Medical and sanitary report of the native army of Bengal for the year
Year: 1877
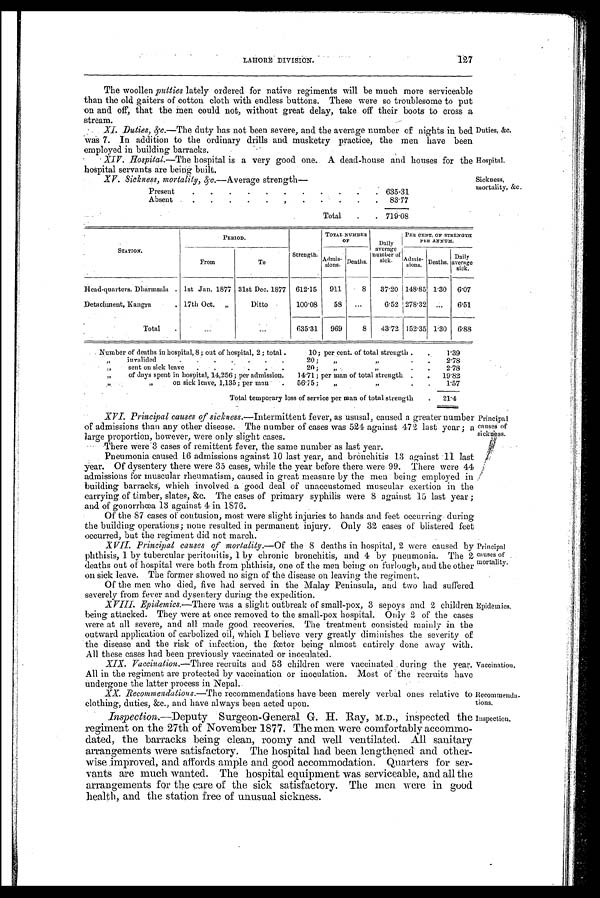
Vaccination.
Recommenda-
tions.
Inspection.
LAHORE DIVISION. 127
The woollen putties lately ordered for native regiments will be much more serviceable
than the old gaiters of cotton cloth with endless buttons. These were so troublesome to put
on and off, that the men could not, without great delay, take off their boots to cross a
stream.
XI. Duties, &c.—The duty has not been severe, and the average number of nights in bed
was 7. In addition to the ordinary drills and musketry practice, the men have been
employed in building barracks.
XIV. Hospital.— The hospital is a very good one. A dead-house and houses for the
hospital servants are being built.
XV . Sickness, mortality. &c.—Average strength—
Present
.
.
.
.
.
.
.
.
.
.
. 635.31
Absent . .
.
.
.
.
. .
.
.
.
.
83.77
Total
.
. 719.08
Duties, &c.
Hospital.
Sickness,
mortality, &c.
STATION.
PERIOD.
Strength
TOTAL NUMBER
O F
Daily
average
number of
sick.
PER CENT. OF STRENGTH
PER ANNUM.
From
To
A d m i s -
s i o n s .
Deaths.
Admis-s i o n s . Deaths.
Daily
average
sick.
Head-quarters. Dharmsala . 1st Jan. 1877 31st Dec. 1877 612.15
911
8
37.20 148.85 1.30 6.07
Detachment, Kangra
. 17th Oct. „
Ditto
100.08
58
. . .
6.52 278.32 ...
6.51
Total
.
...
...
635.31
969
8
43.72 152.35 1.30
6.88
Number of deaths in hospital, 8; out of hospital, 2 ; total .
10 ; per cent. of total strength .
1.39
„ invalided
.
.
.
.
.
.
.
20 ;
„
,,
.
.
2.78
„
sent on sick leave
.
.
.
.
.
.
20;
„
„
.
.
2.78
„
of days spent in hospital, 14,256 ; per admission.
14.71; per man of total strength .
.
19.82
„
„
on sick leave, 1,135; per man
.
56.75 ;
„
„
.
.
1.57
Total temporary loss of service per man of total strength
.
21.4
XVI. Principal causes of sickness.—Intermittent fever, as ususal, caused a greater number
of admissions than any other disease. The number of cases was 524 against 472 last year ;
large proportion, however, were only slight cases.
There were 3 cases of remittent fever, the same number as last year.
Pneumonia caused 16 admissions against 10 last year, and bronchitis 13 against 11 last
Year. Of dysentery there were 35 cases, while the year before there were 99. There were 44
admissions for muscular rheumatism, caused in great measure by the men being employed in
building barracks, which involved a good deal of unaccustomed muscular exertion in the
carrying of timber, slates, &c. The eases of primary syphilis were 8 against 15 last year;
and of gonorrhœa 13 against 4 in 1876.
Of the 87 cases of contusion, most were slight injuries to hands and feet occurring durin g
the building operations; none resulted in permanent injury. Only 32 cases of blistered feet
occurred, but the regiment did not march.
X VII. Principal causes of mortality.— Of the 8 deaths in hospital, 2 were caused by
phthisis, 1 by tubercular peritonitis, 1 by chronic bronchitis, and 4 by pneumonia. The
deaths out of hospital were both from phthisis, one of the men being on furlough, and the other
on sick leave. The former showed no sign of the disease on leaving the regiment.
Of the men who died, five had served in the Malay Peninsula, and two had suffered
severely from fever and dysentery during the expedition.
XVIII. Epidemics.— There was a slight outbreak of small-pox, 3 sepoys and 2 children
being attacked. They were at once removed to the small-pox hospital. Only 2 of the cases
were at all severe, and all made good recoveries. The treatment consisted mainly in the
outward application of carbolized oil, which I believe very greatly diminishes the severity of
the disease and the risk of infection, the fœtor being almost entirely done away with.
All these cases had been previously vaccinated or inoculated.
XIX. Vaccination.— Three recruits and 53 children were vaccinated. during the year.
All in the regiment are protected by vaccination or inoculation. Most of the recruits have
undergone the latter process in Nepal.
XX. R e c o mme n d a t i o n s . —T h e
r e c o m m e n d a t i o n s h a v e b e e n m e r e l y v e r b a l o n e s r e l a t i v e t o
clothing, duties, &c., and have always been acted upon.
Inspection.—Deputy Surgeon-General G. H. Ray, M.D., inspected the
regiment on the 27th of November 1877. The men were comfortably accommo-
dated, the barracks being clean, roomy and well ventilated. All sanitary
arrangements were satisfactory. The hospital had been lengthened and other-
wise improved, and affords ample and good accommodation. Quarters for ser-
vants are much wanted. The hospital equipment was serviceable, and all the
arrangements for the care of the sick satisfactory. The men were in good
health, and the station free of unusual sickness.
Princ ipal
causes of
sickness.
Principal
causes of
mortality.
Epidemics.